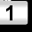
Digit: 1